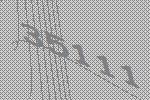
35111